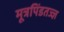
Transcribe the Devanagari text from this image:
मूत्रपिंडतज्‍ज्ञ